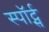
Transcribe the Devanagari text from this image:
स्पॉर्ट्स